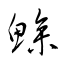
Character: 鯵